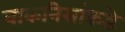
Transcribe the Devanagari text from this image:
वाकनिसांकडे